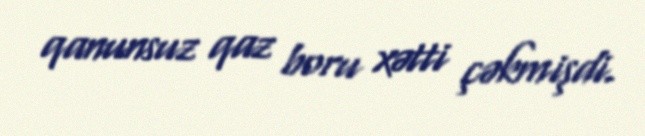
qanunsuz qaz boru xətti çəkmişdi.